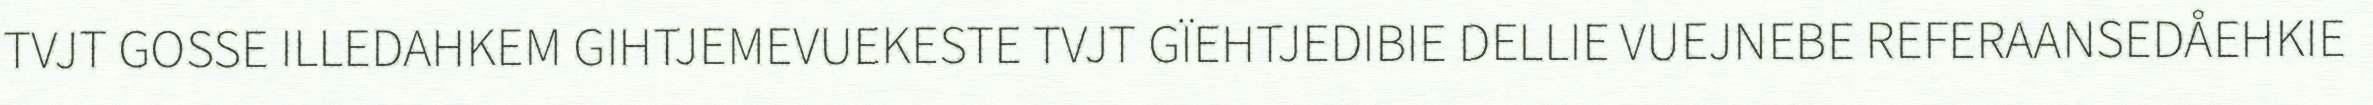
TVJT GOSSE ILLEDAHKEM GIHTJEMEVUEKESTE TVJT GÏEHTJEDIBIE DELLIE VUEJNEBE REFERAANSEDÅEHKIE